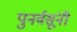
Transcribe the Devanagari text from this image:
पुनर्वसूंनी